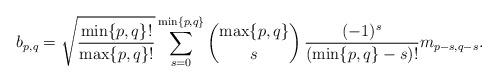
LaTeX: \begin{align*}b_{p,q}=\sqrt{\frac{\min\{p,q\}!}{\max\{p,q\}!}}\sum_{s=0}^{\min\{p,q\}}\binom{\max\{p,q\}}{s}\,\frac{(-1)^s}{(\min\{p,q\}-s)!}m_{p-s,q-s}.\end{align*}